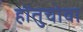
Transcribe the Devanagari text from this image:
होंतुचोवा